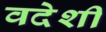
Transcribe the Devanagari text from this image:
वदेशी